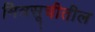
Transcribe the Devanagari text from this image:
मित्रसूचीतील